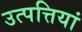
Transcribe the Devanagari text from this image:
उत्पत्तियां